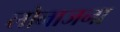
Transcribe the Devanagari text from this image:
लोनाजना